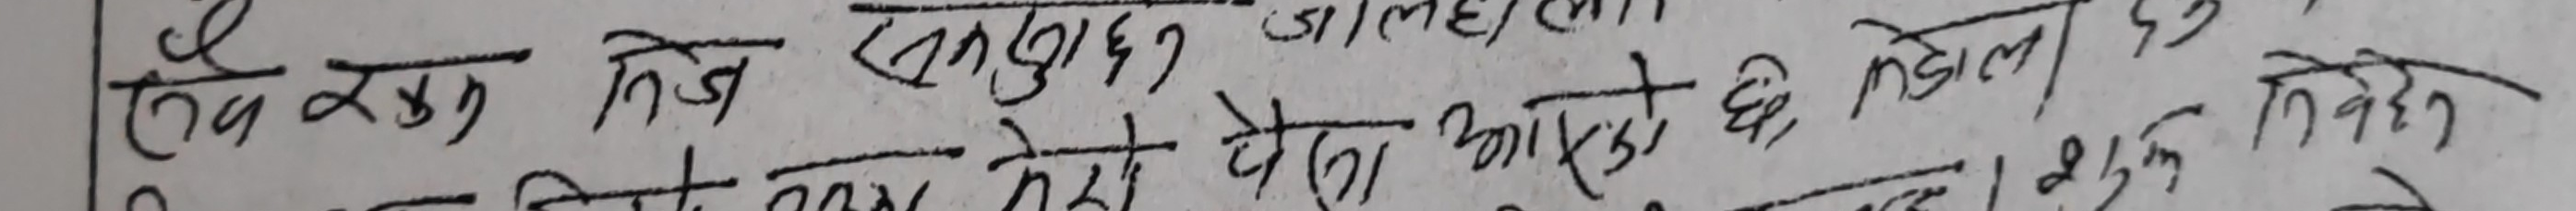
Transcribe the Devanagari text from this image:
यो लेखि संयुक्त जालमल
सरना मेरो पूरा भेमा छाडामा दालमेल ?